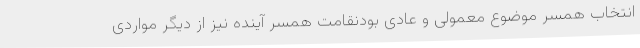
انتخاب همسر موضوع معمولی و عادی بودنقامت همسر آینده نیز از دیگر مواردی